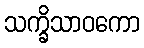
သက္ခိသာဝကော